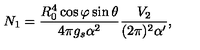
N _ { 1 } = \frac { R _ { 0 } ^ { 4 } \cos \varphi \sin \theta } { 4 \pi g _ { s } \alpha ^ { 2 } } \frac { V _ { 2 } } { ( 2 \pi ) ^ { 2 } \alpha ^ { \prime } } ,